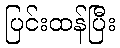
ပြင်းထန်ပြီး